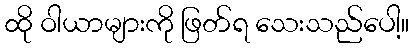
ထို ဝါယာများကို ဖြတ်ရ သေးသည်ပေါ့။